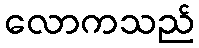
လောကသည်